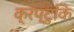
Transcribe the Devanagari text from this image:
क्रप्टुकि